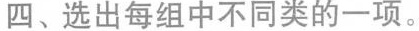
四、选出每组中不同类的一项。